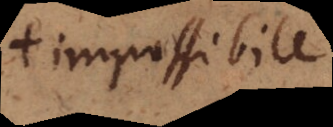
+ impossibile